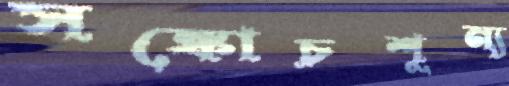
সঙ্কোচশূন্য